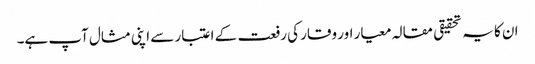
ان کا یہ تحقیقی مقالہ معیار اور وقار کی رفعت کے اعتبار سے اپنی مثال آپ ہے۔